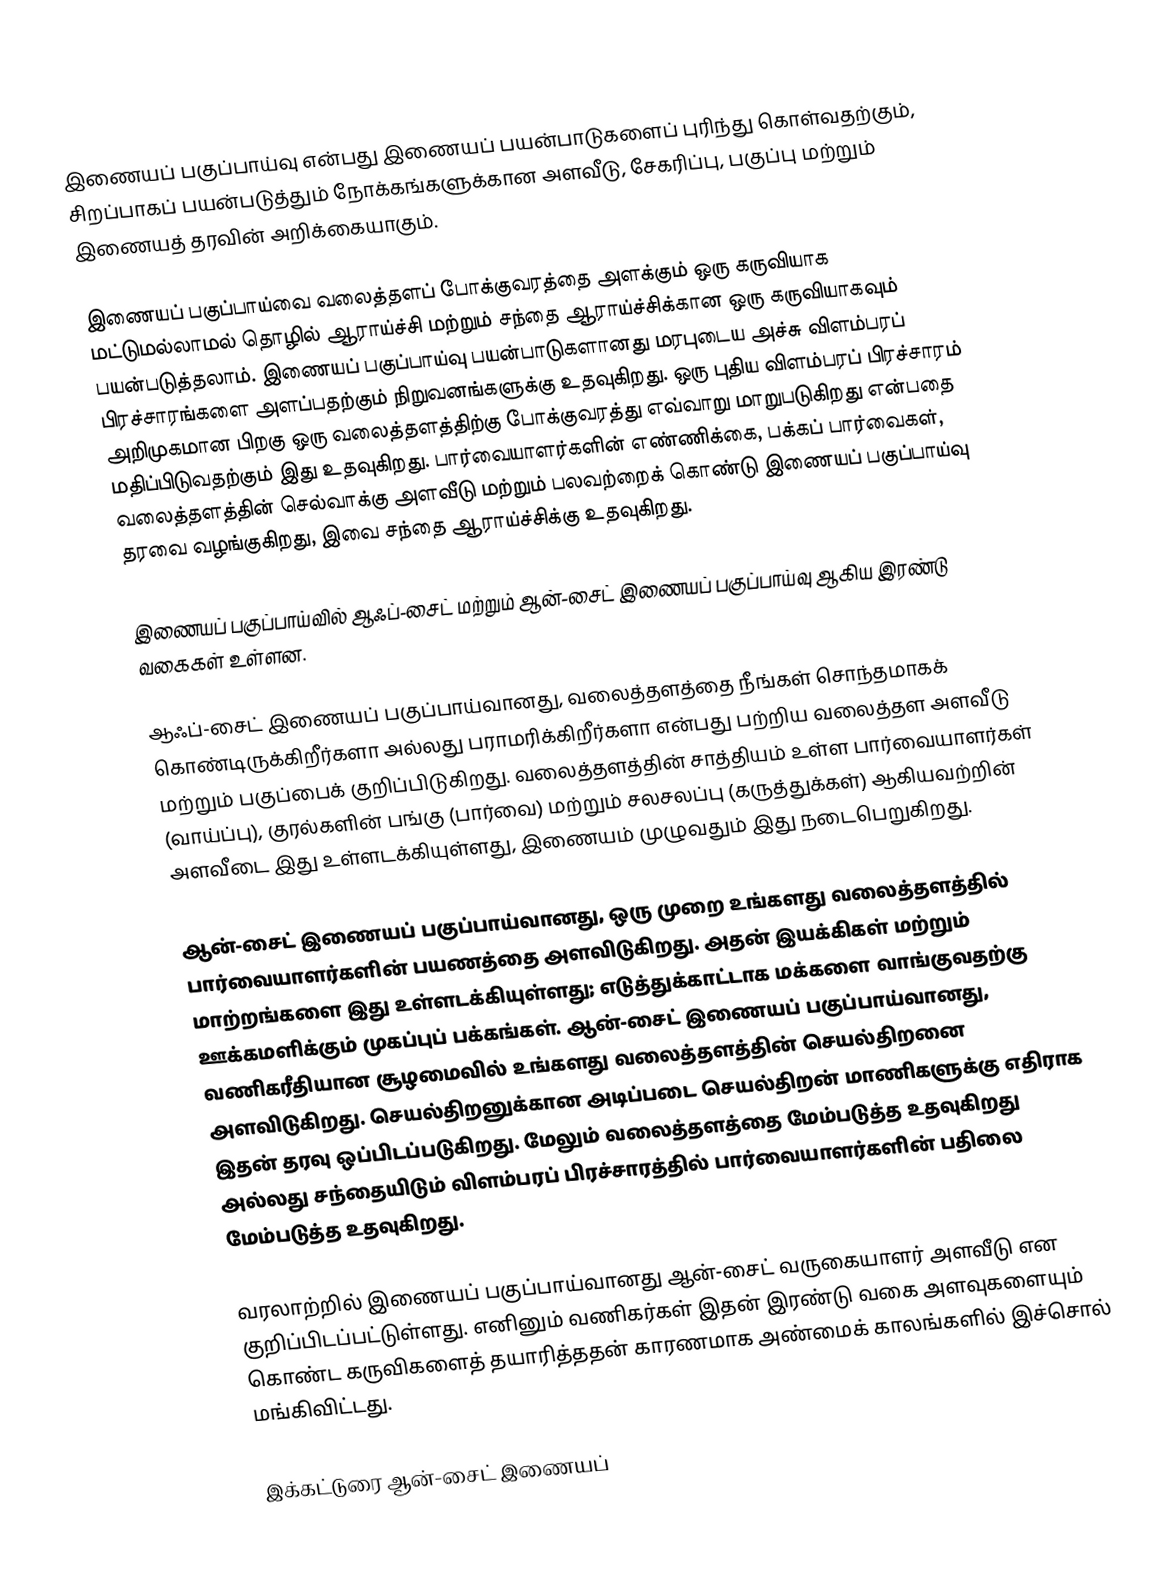
இணையப் பகுப்பாய்வு என்பது இணையப் பயன்பாடுகளைப் புரிந்து கொள்வதற்கும், சிறப்பாகப் பயன்படுத்தும் நோக்கங்களுக்கான அளவீடு, சேகரிப்பு, பகுப்பு மற்றும் இணையத் தரவின் அறிக்கையாகும்.

இணையப் பகுப்பாய்வை வலைத்தளப் போக்குவரத்தை அளக்கும் ஒரு கருவியாக மட்டுமல்லாமல் தொழில் ஆராய்ச்சி மற்றும் சந்தை ஆராய்ச்சிக்கான ஒரு கருவியாகவும் பயன்படுத்தலாம். இணையப் பகுப்பாய்வு பயன்பாடுகளானது மரபுடைய அச்சு விளம்பரப் பிரச்சாரங்களை அளப்பதற்கும் நிறுவனங்களுக்கு உதவுகிறது. ஒரு புதிய விளம்பரப் பிரச்சாரம் அறிமுகமான பிறகு ஒரு வலைத்தளத்திற்கு போக்குவரத்து எவ்வாறு மாறுபடுகிறது என்பதை மதிப்பிடுவதற்கும் இது உதவுகிறது. பார்வையாளர்களின் எண்ணிக்கை, பக்கப் பார்வைகள், வலைத்தளத்தின் செல்வாக்கு அளவீடு மற்றும் பலவற்றைக் கொண்டு இணையப் பகுப்பாய்வு தரவை வழங்குகிறது, இவை சந்தை ஆராய்ச்சிக்கு உதவுகிறது.

 இணையப் பகுப்பாய்வில் ஆஃப்-சைட் மற்றும் ஆன்-சைட் இணையப் பகுப்பாய்வு ஆகிய இரண்டு வகைகள் உள்ளன.

ஆஃப்-சைட் இணையப் பகுப்பாய்வானது, வலைத்தளத்தை நீங்கள் சொந்தமாகக் கொண்டிருக்கிறீர்களா அல்லது பராமரிக்கிறீர்களா என்பது பற்றிய வலைத்தள அளவீடு மற்றும் பகுப்பைக் குறிப்பிடுகிறது. வலைத்தளத்தின் சாத்தியம் உள்ள பார்வையாளர்கள் (வாய்ப்பு), குரல்களின் பங்கு (பார்வை) மற்றும் சலசலப்பு (கருத்துக்கள்) ஆகியவற்றின் அளவீடை இது உள்ளடக்கியுள்ளது, இணையம் முழுவதும் இது நடைபெறுகிறது.

ஆன்-சைட் இணையப் பகுப்பாய்வானது, ஒரு முறை உங்களது வலைத்தளத்தில் பார்வையாளர்களின் பயணத்தை அளவிடுகிறது. அதன் இயக்கிகள் மற்றும் மாற்றங்களை இது உள்ளடக்கியுள்ளது; எடுத்துக்காட்டாக மக்களை வாங்குவதற்கு ஊக்கமளிக்கும் முகப்புப் பக்கங்கள். ஆன்-சைட் இணையப் பகுப்பாய்வானது, வணிகரீதியான சூழமைவில் உங்களது வலைத்தளத்தின் செயல்திறனை அளவிடுகிறது. செயல்திறனுக்கான அடிப்படை செயல்திறன் மாணிகளுக்கு எதிராக இதன் தரவு ஒப்பிடப்படுகிறது. மேலும் வலைத்தளத்தை மேம்படுத்த உதவுகிறது அல்லது சந்தையிடும் விளம்பரப் பிரச்சாரத்தில் பார்வையாளர்களின் பதிலை மேம்படுத்த உதவுகிறது.

வரலாற்றில் இணையப் பகுப்பாய்வானது ஆன்-சைட் வருகையாளர் அளவீடு என குறிப்பிடப்பட்டுள்ளது. எனினும் வணிகர்கள் இதன் இரண்டு வகை அளவுகளையும் கொண்ட கருவிகளைத் தயாரித்ததன் காரணமாக அண்மைக் காலங்களில் இச்சொல் மங்கிவிட்டது.

இக்கட்டுரை ஆன்-சைட் இணையப்